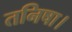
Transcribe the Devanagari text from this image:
तनिषा।